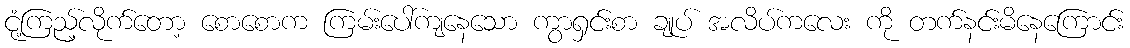
ငုံ့ကြည့်လိုက်တော့ စောစောက ကြမ်းပေါ်ကျနေသော ကွာရှင်းစာ ချုပ် အလိပ်ကလေး ကို တက်နင်းမိနေကြောင်း